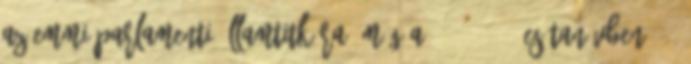
az Emmi parlamenti államtitkára. Míg a 2010 2011-es tanévben 476